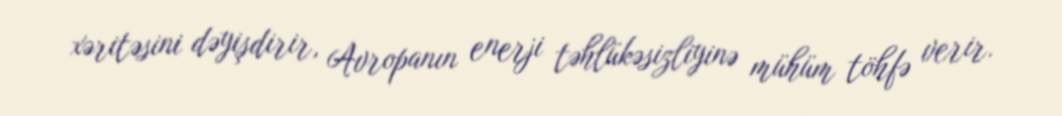
xəritəsini dəyişdirir, Avropanın enerji təhlükəsizliyinə mühüm töhfə verir.